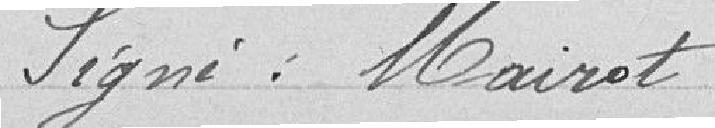
Signé : Mairot